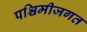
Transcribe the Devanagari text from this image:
पश्चिमीजगत